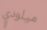
ميلودي